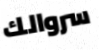
سروالك